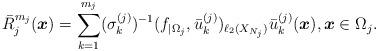
LaTeX: \begin{align*}\bar{R}^{m_j}_j(\boldsymbol{x})=\sum_{k=1}^{m_j} ( \sigma^{(j)}_k)^{-1} (f_{| \Omega_j}, \bar{u}^{(j)}_k)_{\ell_2(X_{N_j})} \bar{u}^{(j)}_k (\boldsymbol{x}), \boldsymbol{x} \in \Omega_j.\end{align*}